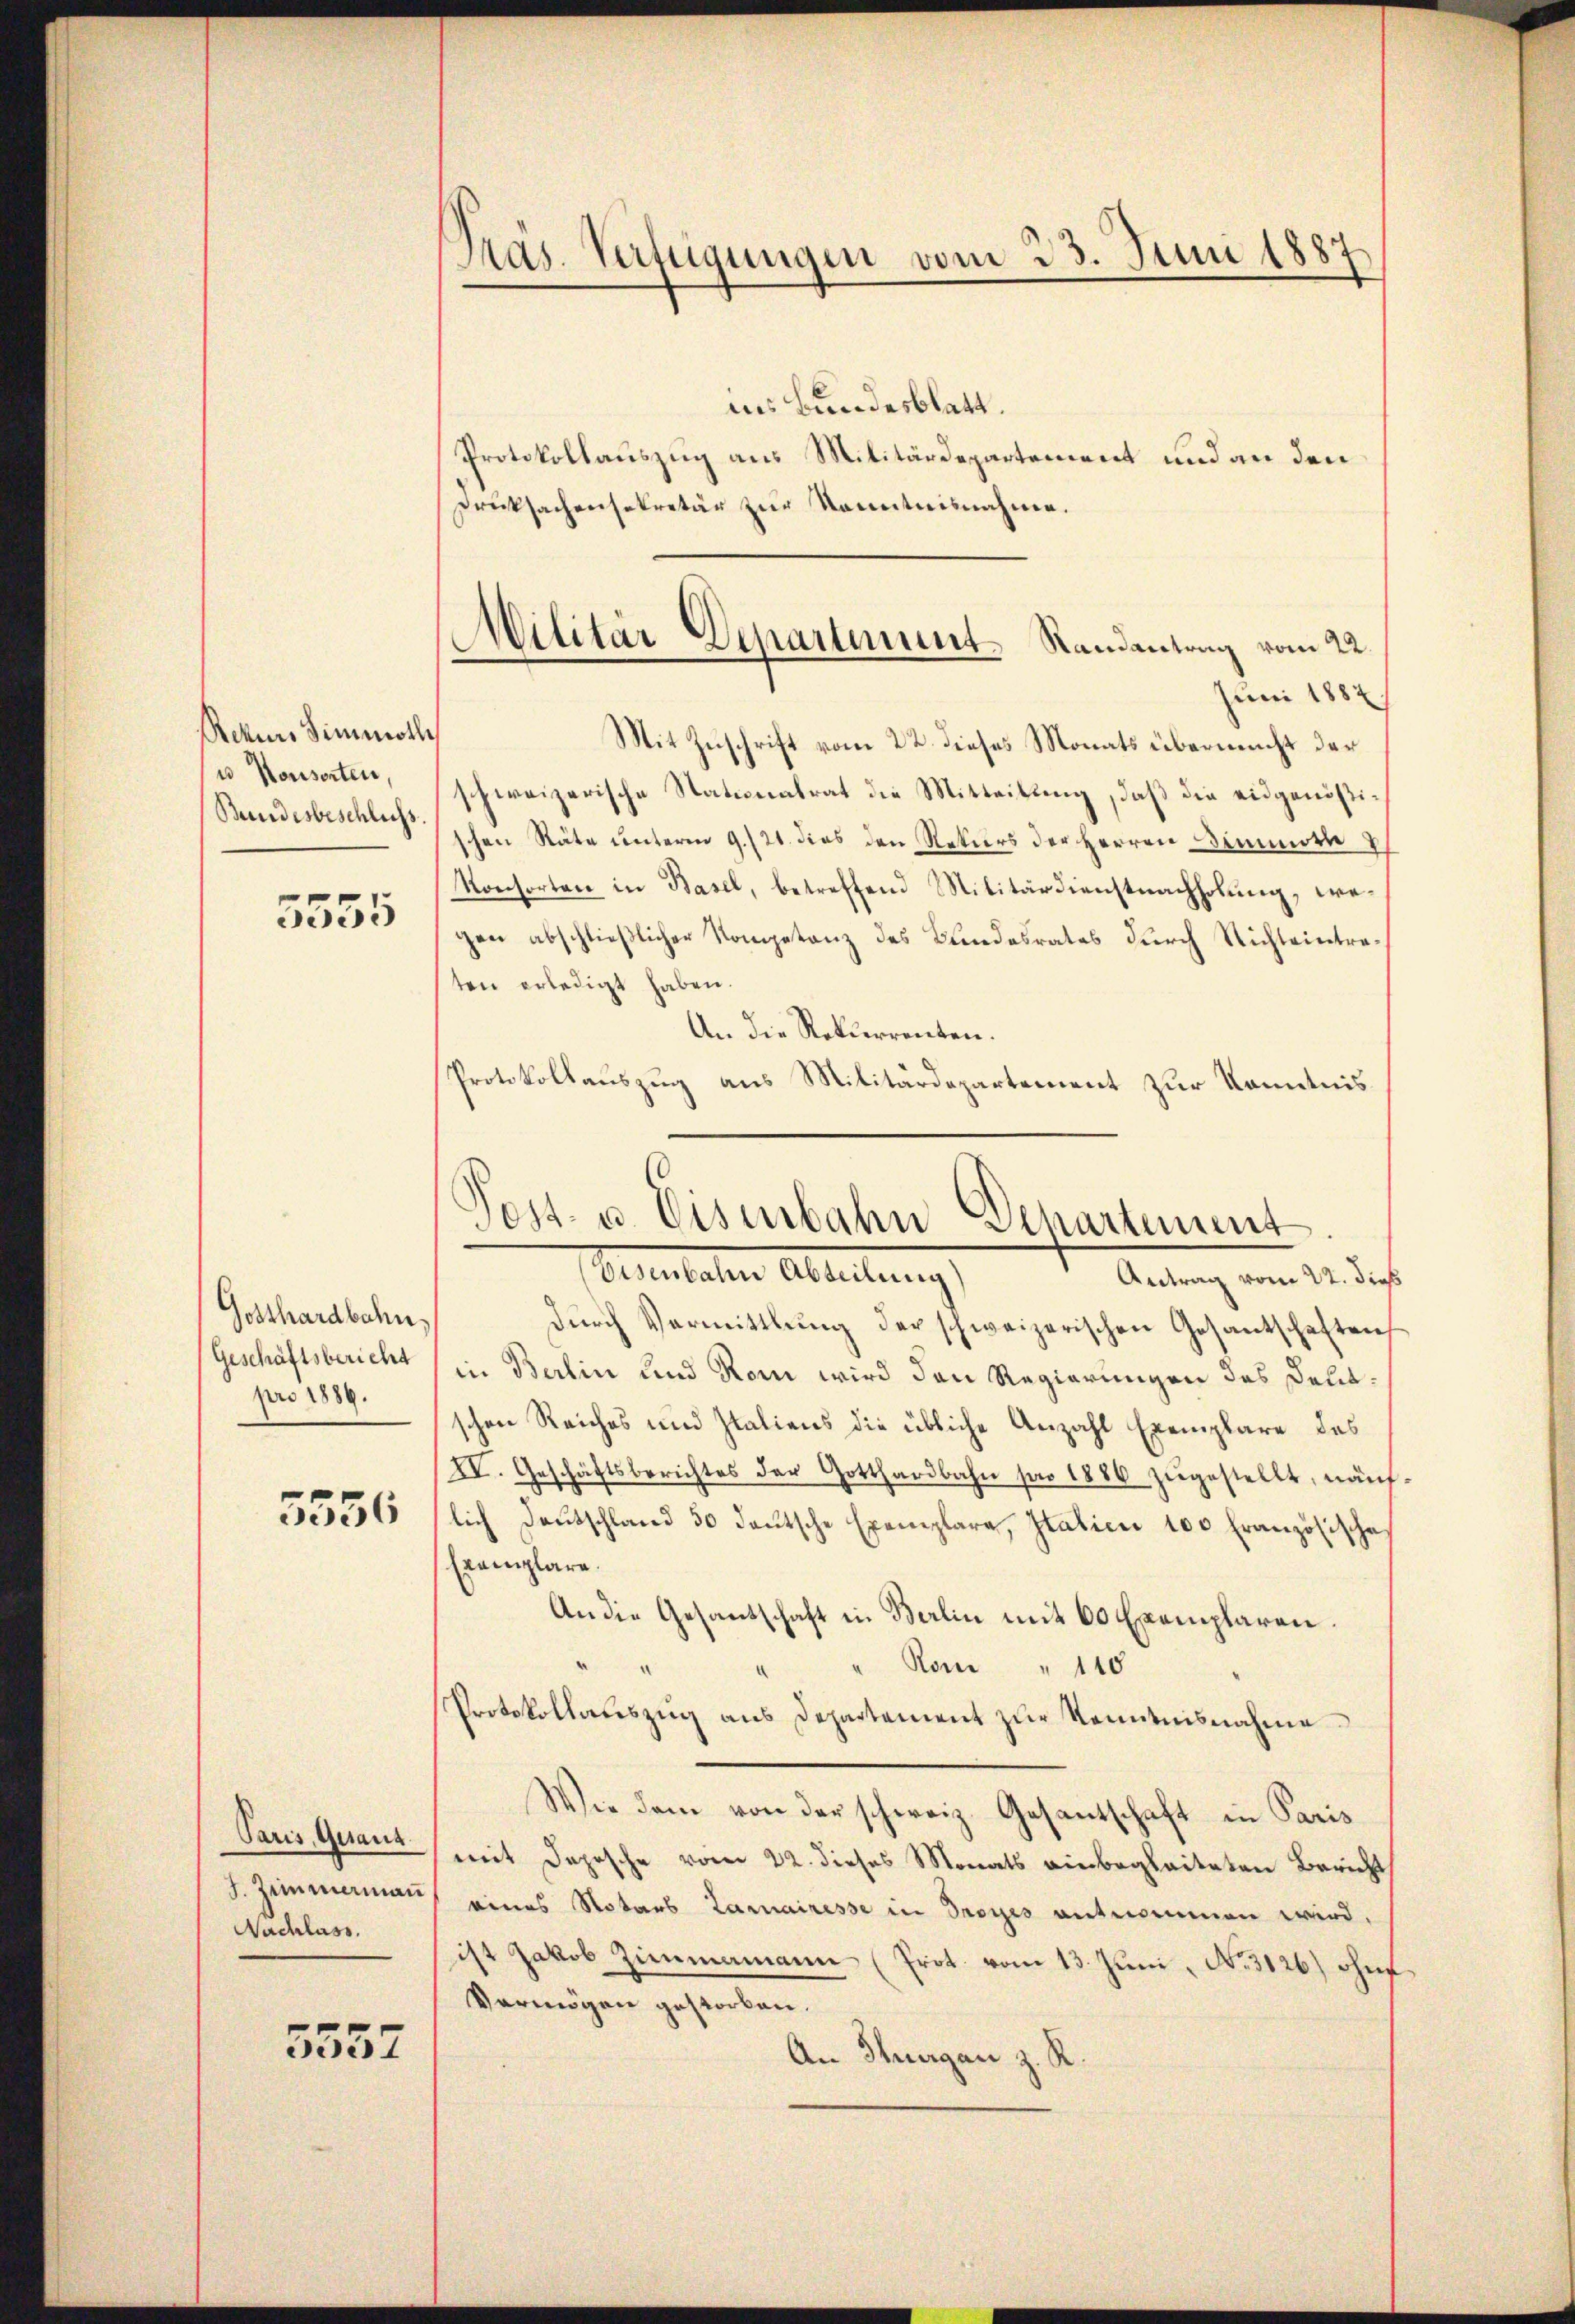
Rekurs Simmoth
u Konsorten,
Bundesbeschlichs.

5555

Gotthardbahn.
Geschäftsbericht
pro 1886.

5556

Paris Gesanz
J. Zimmerman
Nachlass.

5557

Pras. Verfügungen vom 23. Juni 1887

ins Bundesblatt.
Protokollauszug aus Militärdepartement und an den
Juni 1882
Mit Zuschrift vom 22. dieses Monats übermacht der
schweizerische Stationalrat die Mitteilung, daß die eidgenößischen Räte unterm 9./21. dies den Rekurs der Herren Dimmorte
Konsorten in Basel, betreffend Militärdienstnachholung, wegen abschließlicher Kompetanz des Bundesrates durch Richteintraten erledigt haben.
An die Rekurrenten.
Protokollauszug aus Militärdepartement zur Kenntnis
durch Vermittlung der schweizerischen Gesantschaften
in Berlin und Rom wird den Regierungen des Deutschen Reiches und Italiens die übliche Anzahl Exemplare des
IV. Geschäftsberichtes der Gotthardbahn pro 1886 zŭgestellt, näh
lich Deutschland 50 daŭtsche Exemplara, Italicii 100 Französische
Exemplare.
An die Gesandschaft in Berlin mit 60 Exemplaren.
Rom " 110
¬
Protokollauszug aus Departement zur Kenntnisnahme
Wie dem von der schweiz. Gesantschaft in Paris
mit Depesche vom 22. dieses Monats einbegleiteten Bericht
eines Notars Lamnairesse in Droyes entnommen wird.
ist Jakob Zimmamann (Prot vom 13. Juni, N. 3126) ohn
Vermögen gestorben.
An Thurgau z. R.

Drucksachensekretär zur Kenntnisnahme.
Militär Departement Randantrag vom 22.

Post- u. Visibahn Departement
Eisenbahn Abteilung)
Antrag vom 22. dieß